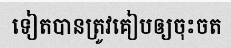
ទៀតបានត្រូវគៀបឲ្យចុះចត